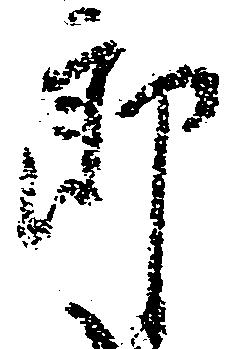
郎